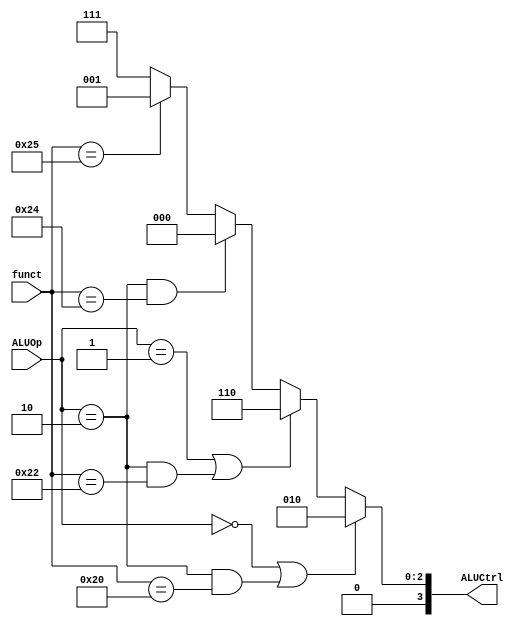
module ALU_Control (
    input [1:0] ALUOp,
    input [5:0] funct,
    output reg [3:0] ALUCtrl
);

always @(*) begin
    if (ALUOp==2'b00 || (ALUOp==2'b10 && funct==6'b100000)) ALUCtrl=4'b0010;         //LW,SW,add->add
    else if(ALUOp==2'b01 || (ALUOp==2'b10 && funct==6'b100010)) ALUCtrl=4'b0110;     //be,subtract->sub
    else if(ALUOp==2'b10 && funct==6'b100100) ALUCtrl=4'b0000;                       //and->and
    else if(funct==6'b100101) ALUCtrl=4'b0001;                                       //ALUOp  10, or
    else ALUCtrl=4'b0111;                                                            //slt

end    
endmodule